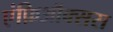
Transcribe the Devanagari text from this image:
एंफ़िऑक्सस